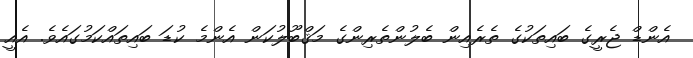
އެންޑް ޖެރީގެ ބައިތަކުގެ ތެރެއިން ބެލުންތެރިންގެ މަޤްބޫލުކަން އެންމެ ކުޑަ ބައިތައްކަމުގައެވެ. އެއީ